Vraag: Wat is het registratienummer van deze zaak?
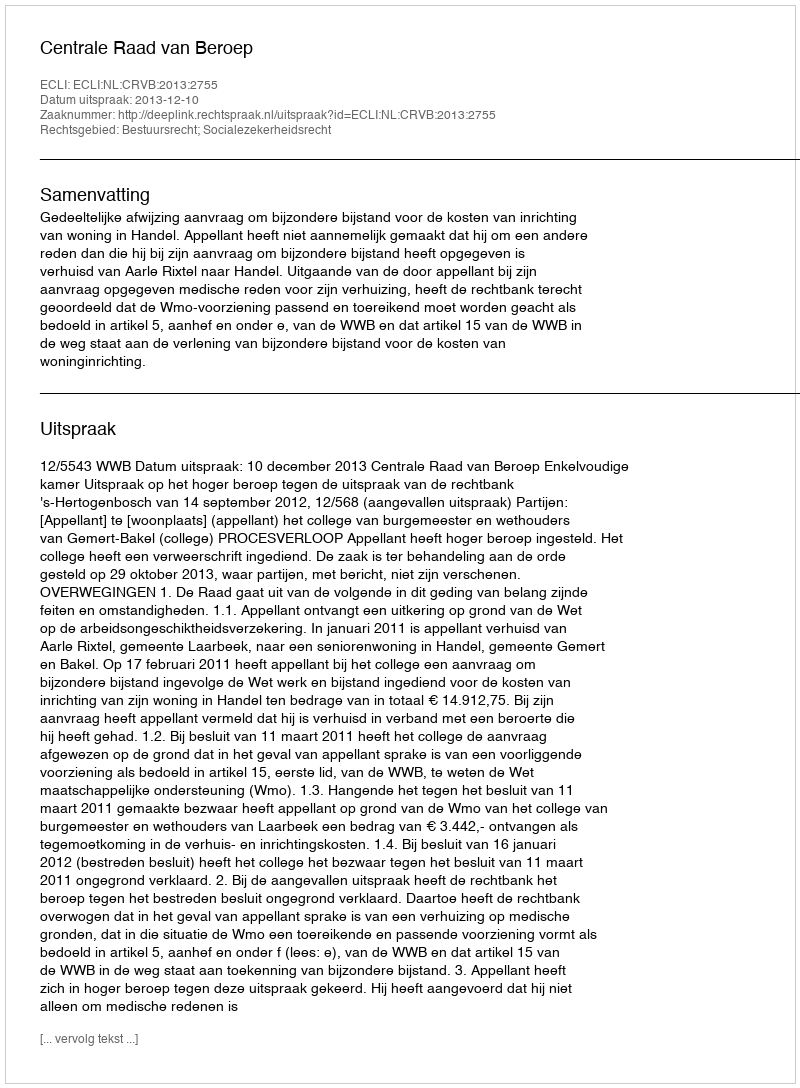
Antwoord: http://deeplink.rechtspraak.nl/uitspraak?id=ECLI:NL:CRVB:2013:2755